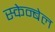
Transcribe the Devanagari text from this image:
स्केन्बेल